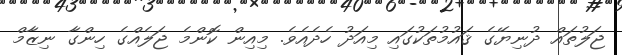
ޖަލުތައް ދުނިޔޭގެ ޤައުމުތަކުގައި މިއަދު ހެދެއެވެ. މިއިން ކޮންމެ ޖަލެއްގެ ހިންގާ ނިޒާމް